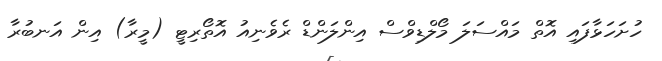
ހުށަހަޅާފައި އޮތް މައްސަލަ މޯލްޑިވްސް އިންލަންޑް ރެވެނިއު އޮތޯރިޓީ (މީރާ) އިން އަނބުރާ